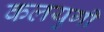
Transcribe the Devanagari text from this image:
कलयुगीं